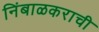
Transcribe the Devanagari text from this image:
निंबाळकराची